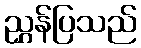
ညွှန်ပြသည်